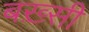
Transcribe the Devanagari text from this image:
बख़्सी